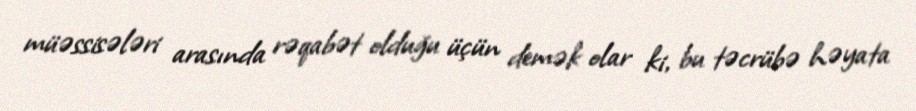
müəssisələri arasında rəqabət olduğu üçün demək olar ki, bu təcrübə həyata